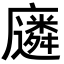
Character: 𫸈